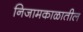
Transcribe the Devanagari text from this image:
निजामकाळातील